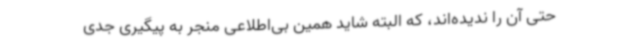
حتی آن را ندیده‌اند، که البته شاید همین بی‌اطلاعی منجر به پیگیری جدی